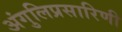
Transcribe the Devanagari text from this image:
अंगुलिप्रसारिणी